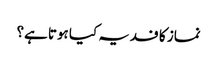
نماز کا فدیہ کیا ہوتا ہے؟